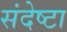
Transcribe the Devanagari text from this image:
संदेष्टा